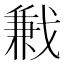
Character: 𢧥